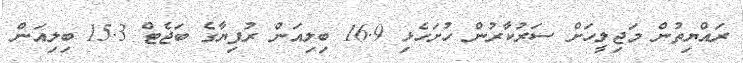
ރައްޔިތުން މަޖިލީހަށް ސަރުކާރުން ހުށަހެޅި 16.9 ބިލިއަން ރުފިޔާގެ ބަޖެޓް 15.3 ބިލިއަން